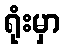
ရုံးမှာ